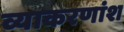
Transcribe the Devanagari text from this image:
व्याकरणांश